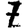
Digit: 7